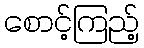
စောင့်ကြည့်